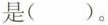
是()。